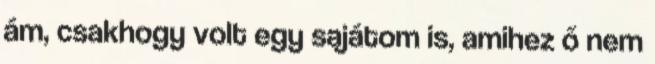
ám, csakhogy volt egy sajátom is, amihez ő nem